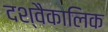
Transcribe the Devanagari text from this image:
दश्वैकालिक